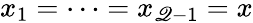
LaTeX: x_{1}=\dots=x_{\mathscr{Q}-1}=x